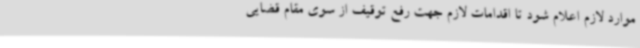
موارد لازم اعلام شود تا اقدامات لازم جهت رفع توقیف از سوی مقام قضایی